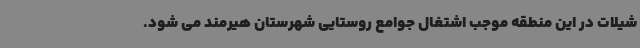
شیلات در این منطقه موجب اشتغال جوامع روستایی شهرستان هیرمند می شود.